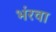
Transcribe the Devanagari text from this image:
भंरवा